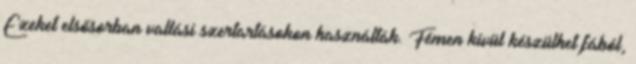
Ezeket elsősorban vallási szertartásokon használták. Fémen kívül készülhet fából,